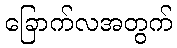
ခြောက်လအတွက်